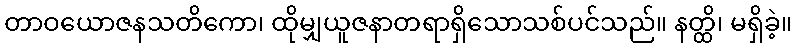
တာဝယောဇနသတိကော၊ ထိုမျှယူဇနာတရာရှိသောသစ်ပင်သည်။ နတ္ထိ၊ မရှိခဲ့။